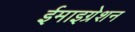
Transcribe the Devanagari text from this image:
ईमाइग्रेशन